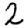
Digit: 2